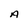
Character: A